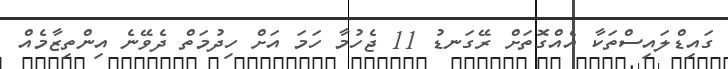
ގައިޑްލައިސްތަކާ އެއްގޮތަށް ރޭގަނޑު 11 ޖެހުމާ ހަމަ އަށް ހިދުމަތް ދެވޭނެ އިންތިޒާމެއް